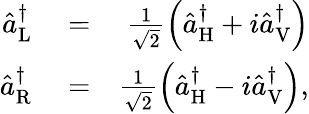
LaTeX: \begin{array}{rlr}{\hat{a}_{\mathrm{L}}^{\dagger}}&{{}=}&{\frac{1}{\sqrt{2}}\left(\hat{a}_{\mathrm{H}}^{\dagger}+i\hat{a}_{\mathrm{V}}^{\dagger}\right)}\\ {\hat{a}_{\mathrm{R}}^{\dagger}}&{{}=}&{\frac{1}{\sqrt{2}}\left(\hat{a}_{\mathrm{H}}^{\dagger}-i\hat{a}_{\mathrm{V}}^{\dagger}\right),}\end{array}